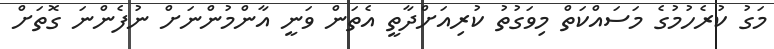
މަގު ކުރެހުމުގެ މަސައްކަތް މިވަގުތު ކުރިއަށްދާތީ އެތަން ވަނީ އާންމުންނަށް ނުފެންނަ ގޮތަށް